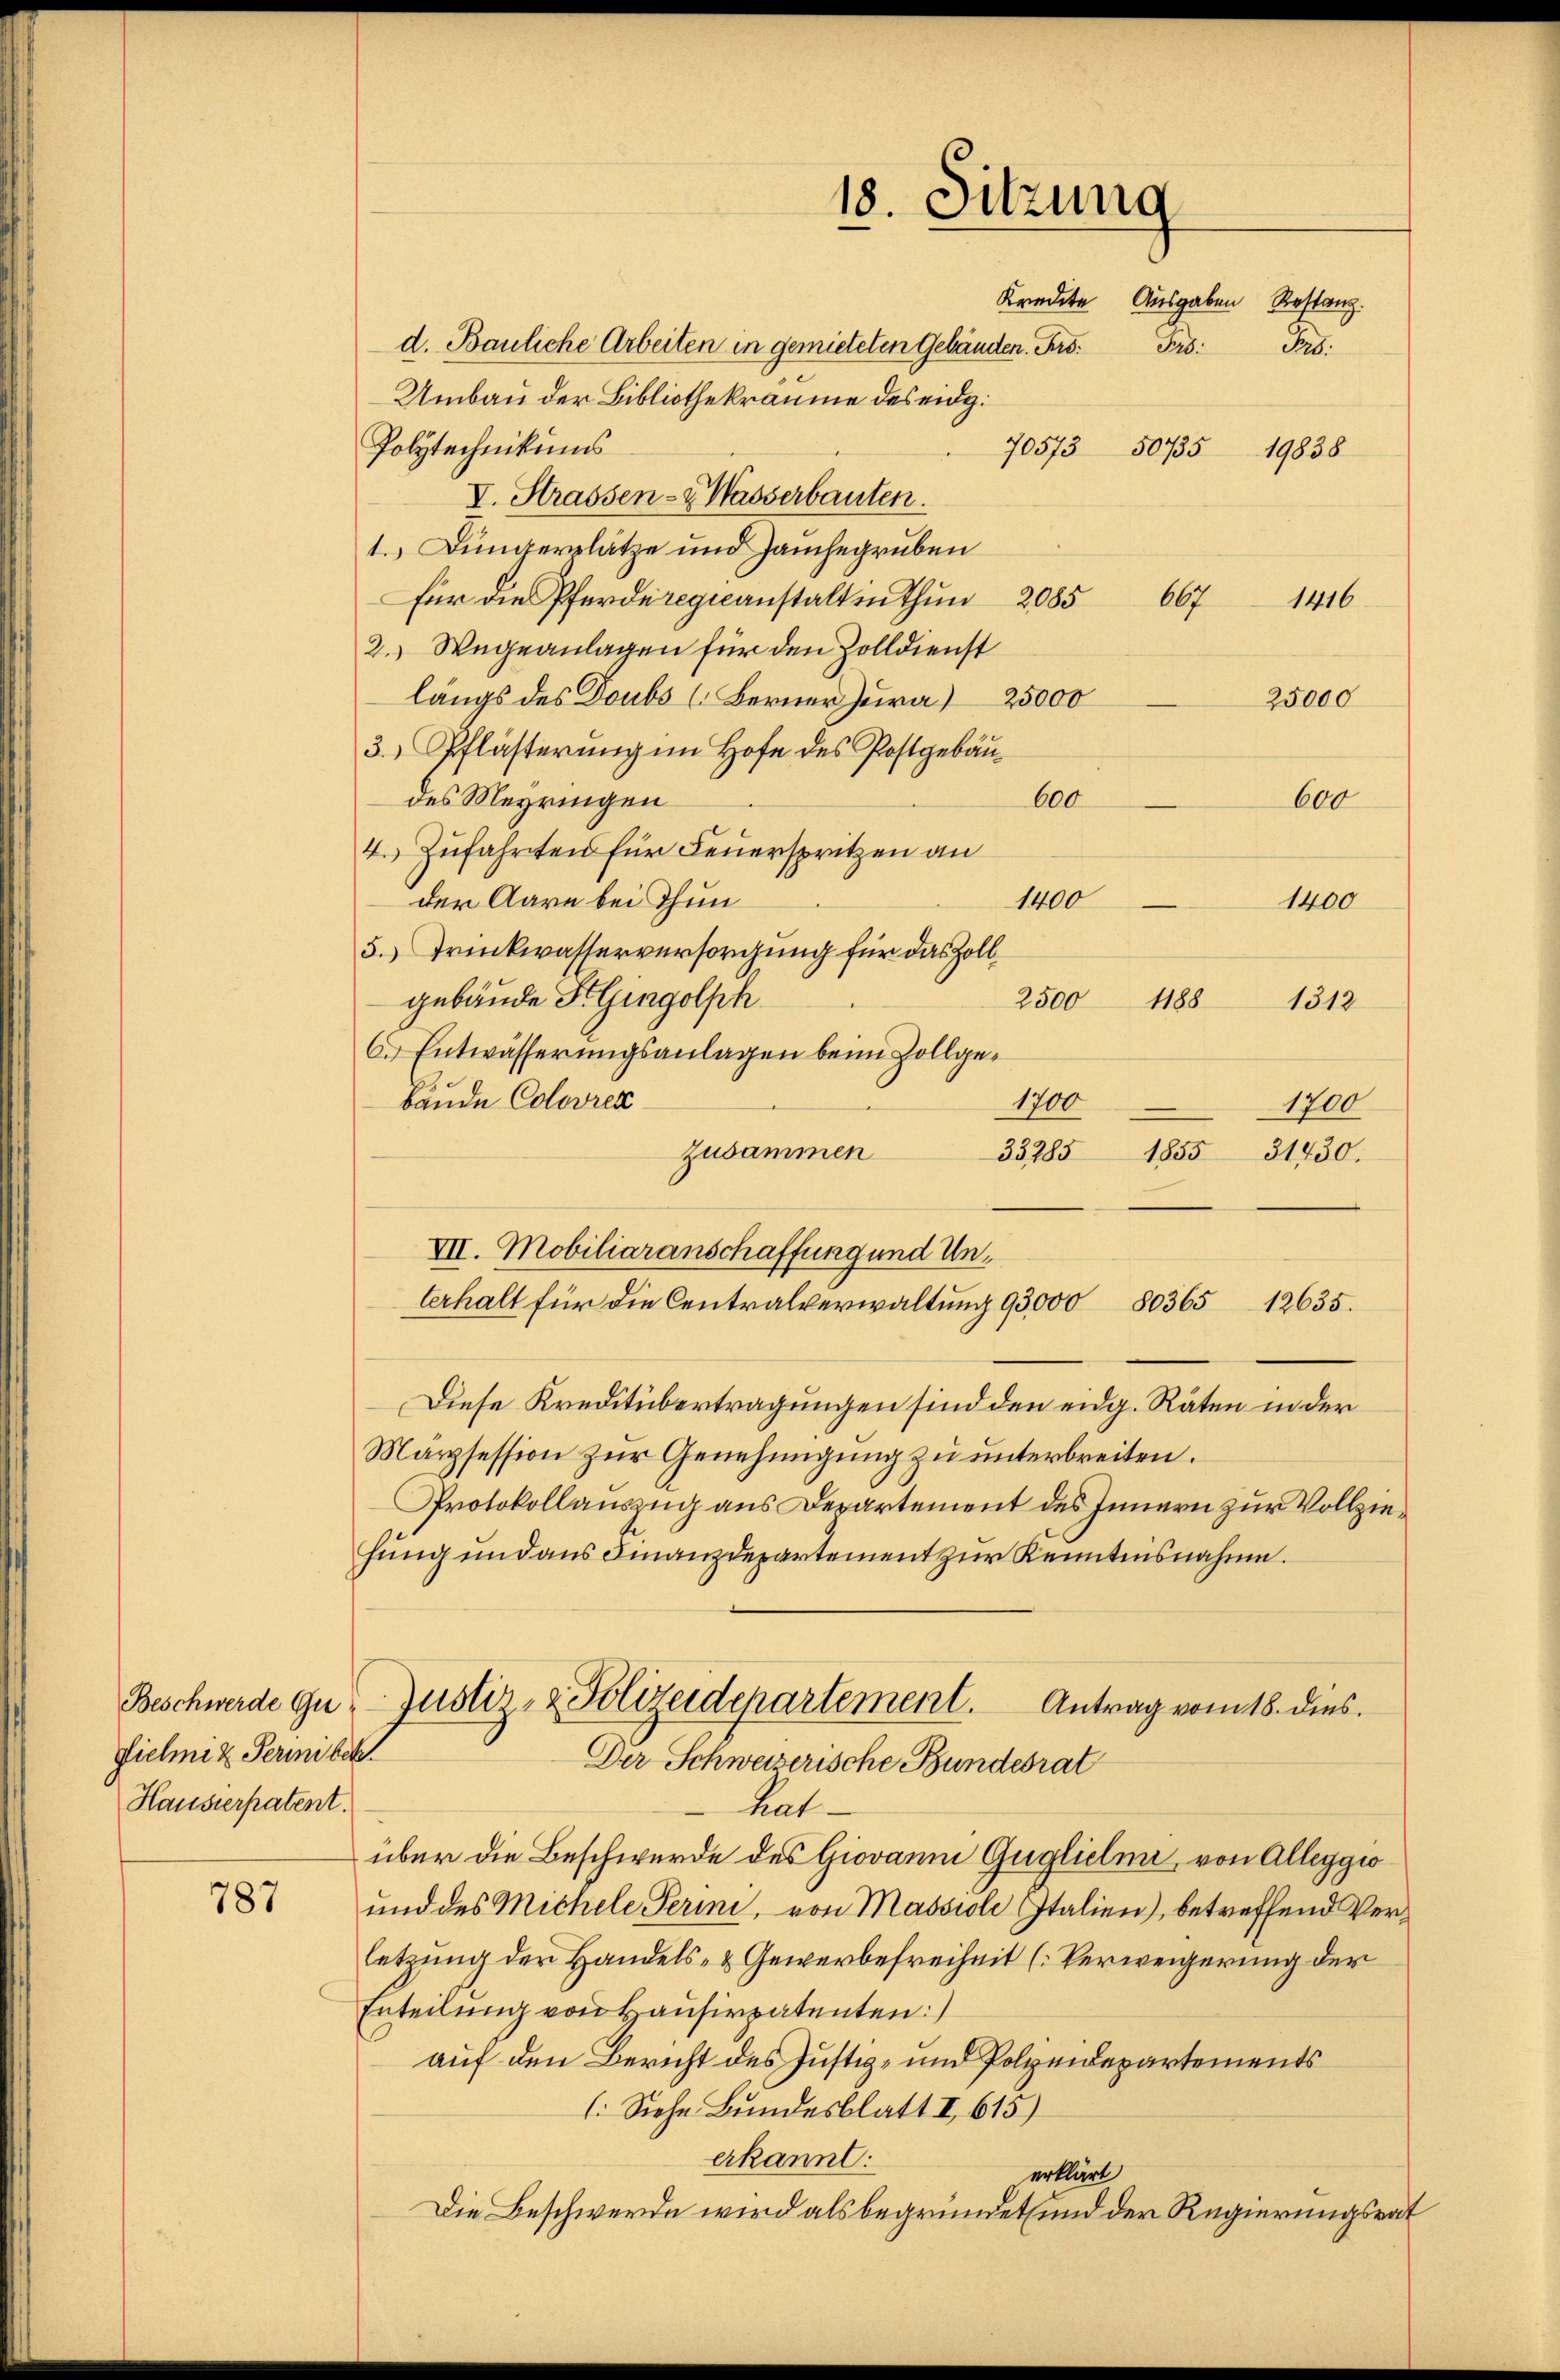
Gielmiz Permisch
Hausierpatent.

787

18. Sitzung
Kredite Ausgaben Restanz.
d. Bauliche Arbeiten in gemieteten Gebäuden. Frs. Frs. Frs.

Umbau der Bibliothekräume des eidg.
Polytechnikums
V. Strassen- & Wasserbauten.
1.) Jüngerplätze und Jauchegruben
Für die Pferde regieanstalt in thun 2085
2.) Wegeanlagen für den Zolldienst
längs des Doubs (Berner Jura) 25000
3.) Pflästerung im Hofe des Postgebäudes Meyringen
600
4. Zufahrten für Feuerspritzen an
1400
der Aare bei Thun
5.) Trinkwasserversorgung für das Zollgebäude Selingolph
2500 1188
C. Entwässerungsanlagen beim Zollgebäude Colovrez
1700
zusammen
35285
VII. Mobiliaranschaffung und Unterhalt für die Centralverwaltung 93,000 8036512635.
Diese Kreditübertragungen sind den eidg. Räten in der
Märzsession zur Genehmigung zu unterbreiten.
Protokollauszug aus Departement des Innern zur Vollziefung und aus Finanzdepartement zur Kenntnisnahme.

70573 50735 19838

667
25000
600
1400
1512
1700
1855
31430.

Beschwerde gu Justiz- & Polizeidepartement. Antrag vom 18. dies
Der Schweizerische Bundesrat

1416

hat-
über die Beschwerde des Giovani Guglielme, von Alleggio
und des Michele Perini, von Massiole Italien), betreffend Verletzung der Handels- & Gewerbefreiheit (Verweigerung der
Erteilung von Hausirpatenten:
auf den Bericht des Justiz- und Polzendepartements
: Siehe Bundesblatt I 613)
erkannt:
erklärt
Die Beschwerde wird als begründet und der Regierungsrat